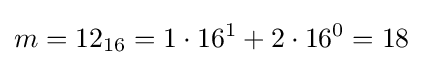
m={\text{12}}_{16}=1\cdot 16^{1}+2\cdot 16^{0}=18